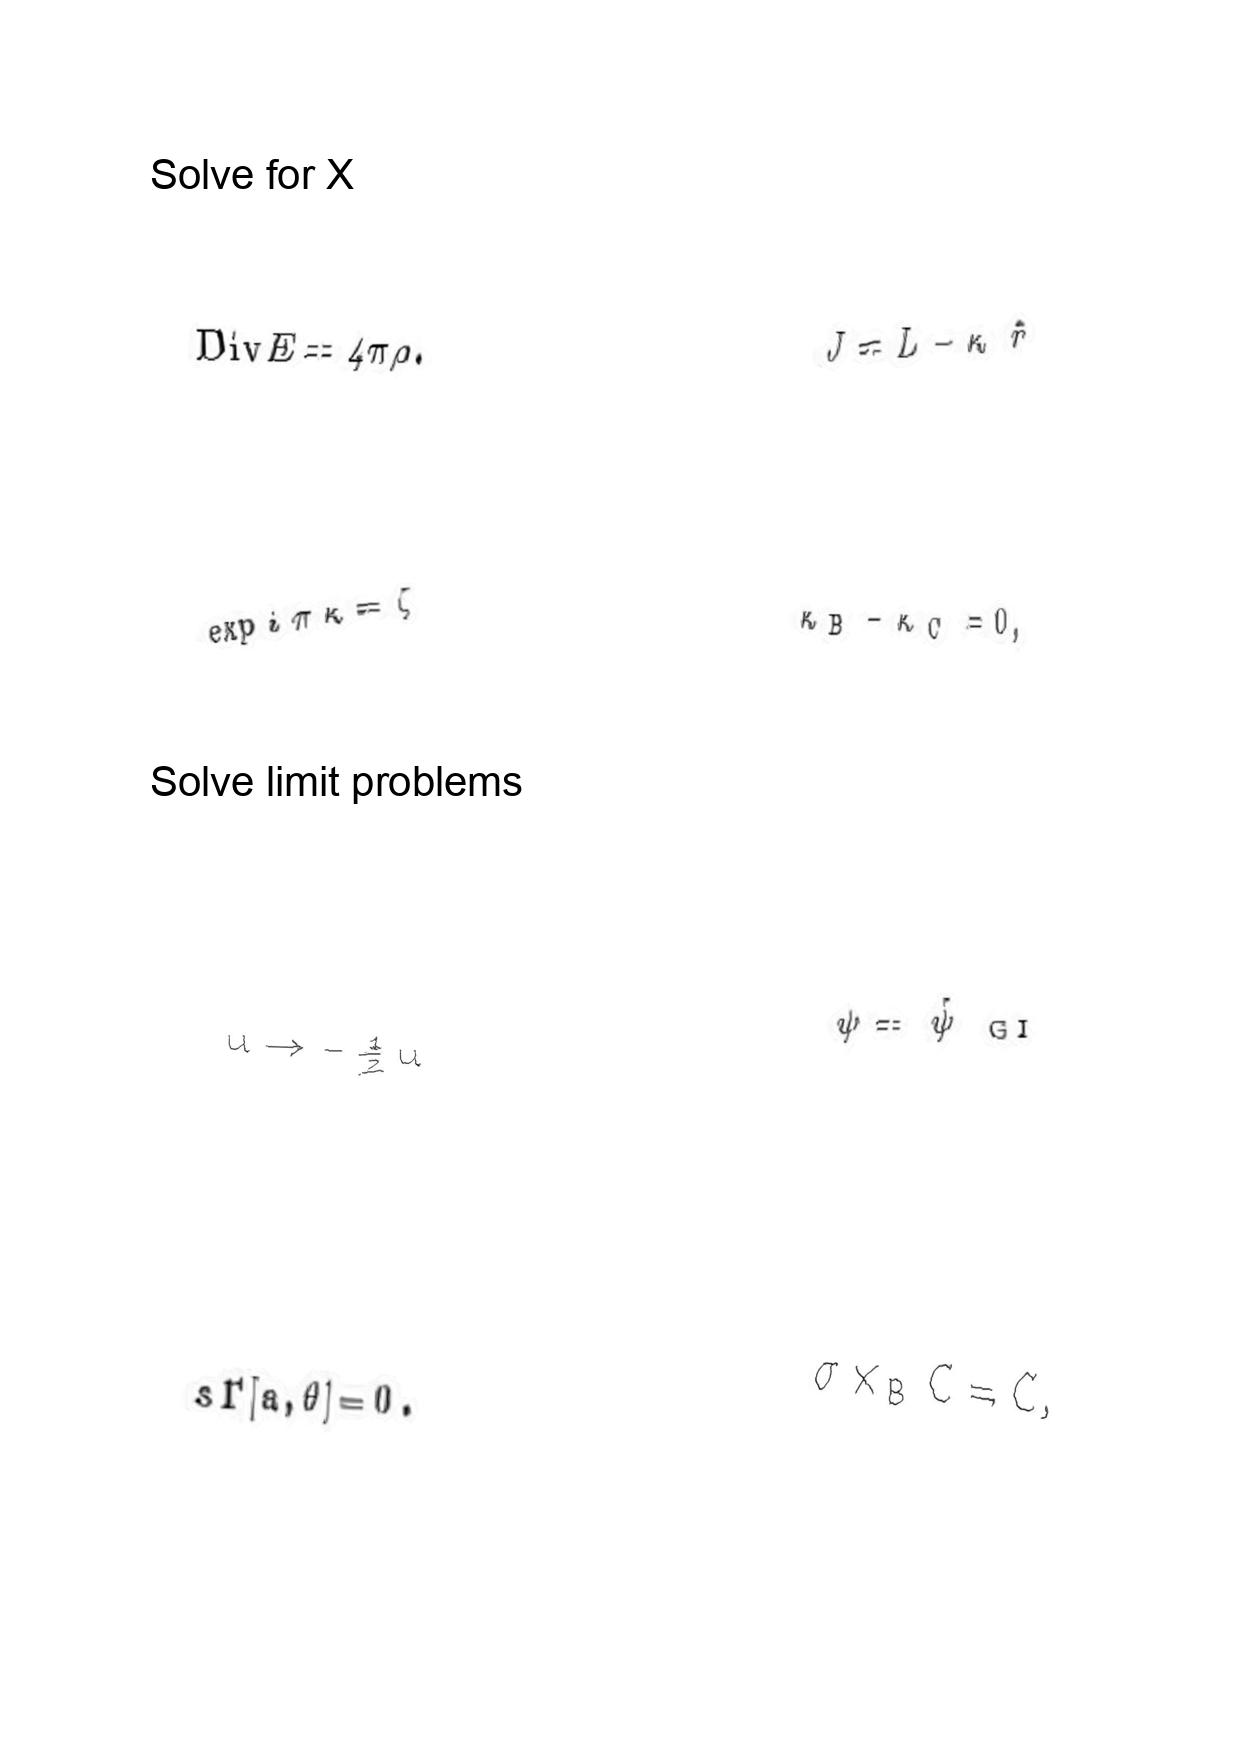
LaTeX transcription:
\mathrm { D i v } E = 4 \pi \rho .
\exp i \pi \kappa = \zeta
u \rightarrow - \frac { 1 } { 2 } u
s \Gamma \lbrack a , \theta \rbrack = 0 .
J = L - \kappa \hat { r }
\kappa _ { B } - \kappa _ { C } = 0 ,
\psi = \hat { \psi } _ { \mathrm { \space G I } }
\sigma \times _ { B } C = C ,